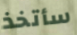
سأتخذ